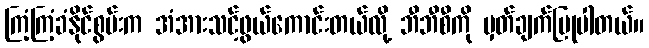
ကြံ့ကြံ့ခံနိုင်စွမ်းက အံအားသင့်ဖွယ်ကောင်းတယ်လို့ ဘီဘီစီကို မှတ်ချက်ပြုပါတယ်။